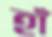
হাঁ